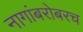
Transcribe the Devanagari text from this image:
नागांबरोबरच